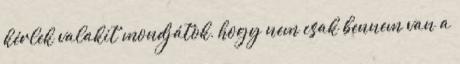
kérlek valakit mondjátok, hogy nem csak bennem van a